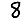
Digit: 8